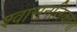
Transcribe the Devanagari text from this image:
श्वासनलिकाना